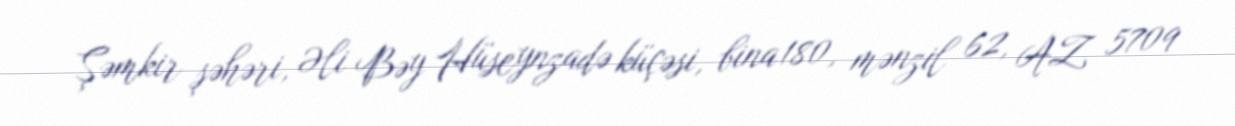
Şəmkir şəhəri, Əli Bəy Hüseynzadə küçəsi, bina 180, mənzil 62, AZ 5709